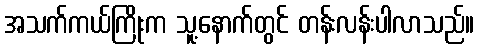
အသက်ကယ်ကြိုးက သူ့နောက်တွင် တန်းလန်းပါလာသည်။